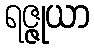
ရဇ္ဇုယာ